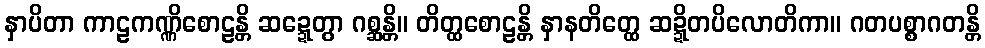
နှာပိတာ ကာဠကဏ္ဏိစောဠန္တိ ဆဍ္ဍေတွာ ဂစ္ဆန္တိ။ တိတ္ထစောဠန္တိ နှာနတိတ္ထေ ဆဍ္ဍိတပိလောတိကာ။ ဂတပစ္စာဂတန္တိ